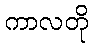
ကာလတို